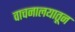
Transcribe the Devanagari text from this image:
वाचनालयातून